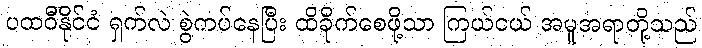
ပထဝီနိုင်ငံ ရှက်လဲ စွဲကပ်နေပြီး ထိခိုက်စေဖို့သာ ကြယ်ငယ် အမူအရာတို့သည်